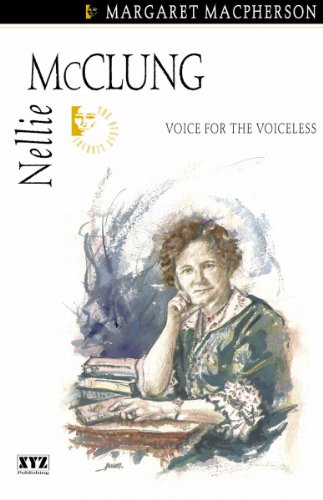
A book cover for Nellie McClung (Quest Biography); Margaret Macpherson; History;